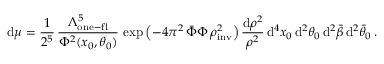
\mathrm { d } \mu = \frac { 1 } { 2 ^ { 5 } } \, \frac { \Lambda _ { \mathrm { o n e - f l } } ^ { 5 } } { \Phi ^ { 2 } ( x _ { 0 } , \theta _ { 0 } ) } \, \exp \left( - 4 \pi ^ { 2 } \, \bar { \Phi } \Phi \, \rho _ { \mathrm { i n v } } ^ { 2 } \right) \frac { \mathrm { d } \rho ^ { 2 } } { \rho ^ { 2 } } \, \mathrm { d } ^ { 4 } x _ { 0 } \, \mathrm { d } ^ { 2 } \theta _ { 0 } \, \mathrm { d } ^ { 2 } \bar { \beta } \, \mathrm { d } ^ { 2 } \bar { \theta } _ { 0 } \, .